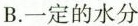
B.一定的水分